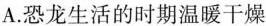
A.恐龙生活的时期温暖干燥